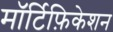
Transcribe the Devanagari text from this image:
मॉर्टिफ़िकेशन